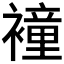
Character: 𧝎